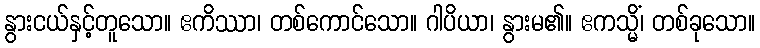
နွားငယ်နှင့်တူသော။ ဧကိဿာ၊ တစ်ကောင်သော။ ဂါပိယာ၊ နွားမ၏။ ဧကသ္မိံ၊ တစ်ခုသော။